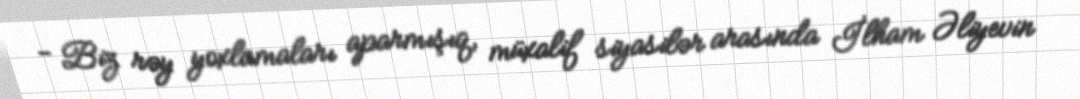
- Biz rəy yoxlamaları aparmışıq, müxalif siyasilər arasında İlham Əliyevin